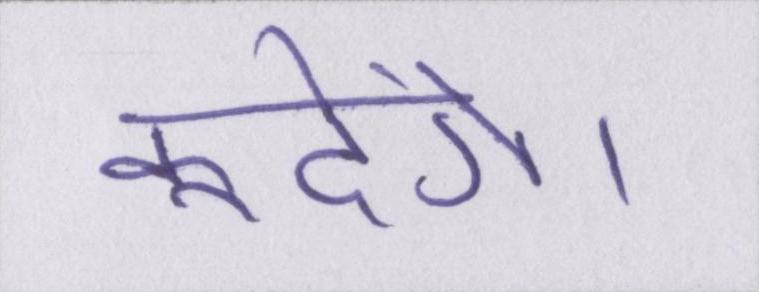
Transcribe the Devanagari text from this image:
कूदेंगे।